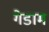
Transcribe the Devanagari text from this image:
गेडाम